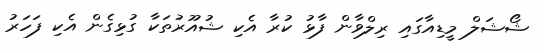
ޝޯޝަލް މީޑިއާގައި ރިލްވާން ފާޅު ކުރާ އެކި ޝުއޫރުތަކާ ގުޅިގެން އެކި ފަހަރު